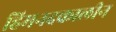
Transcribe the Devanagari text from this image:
हिमनदकालीन